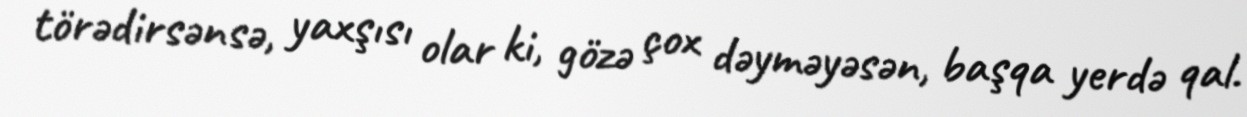
törədirsənsə, yaxşısı olar ki, gözə çox dəyməyəsən, başqa yerdə qal.